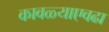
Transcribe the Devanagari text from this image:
कावळ्याएवढा